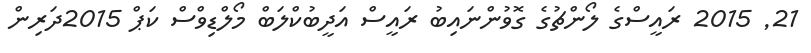
21